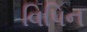
વિપિન